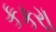
કકરા